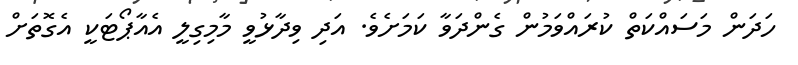
ހަދަން މަސައްކަތް ކުރައްވަމުން ގެންދަވާ ކަމަށެވެ. އަދި ވިދާޅުވީ މާމިގިލީ އެއާޕޯޓަކީ އެގޮތަށް